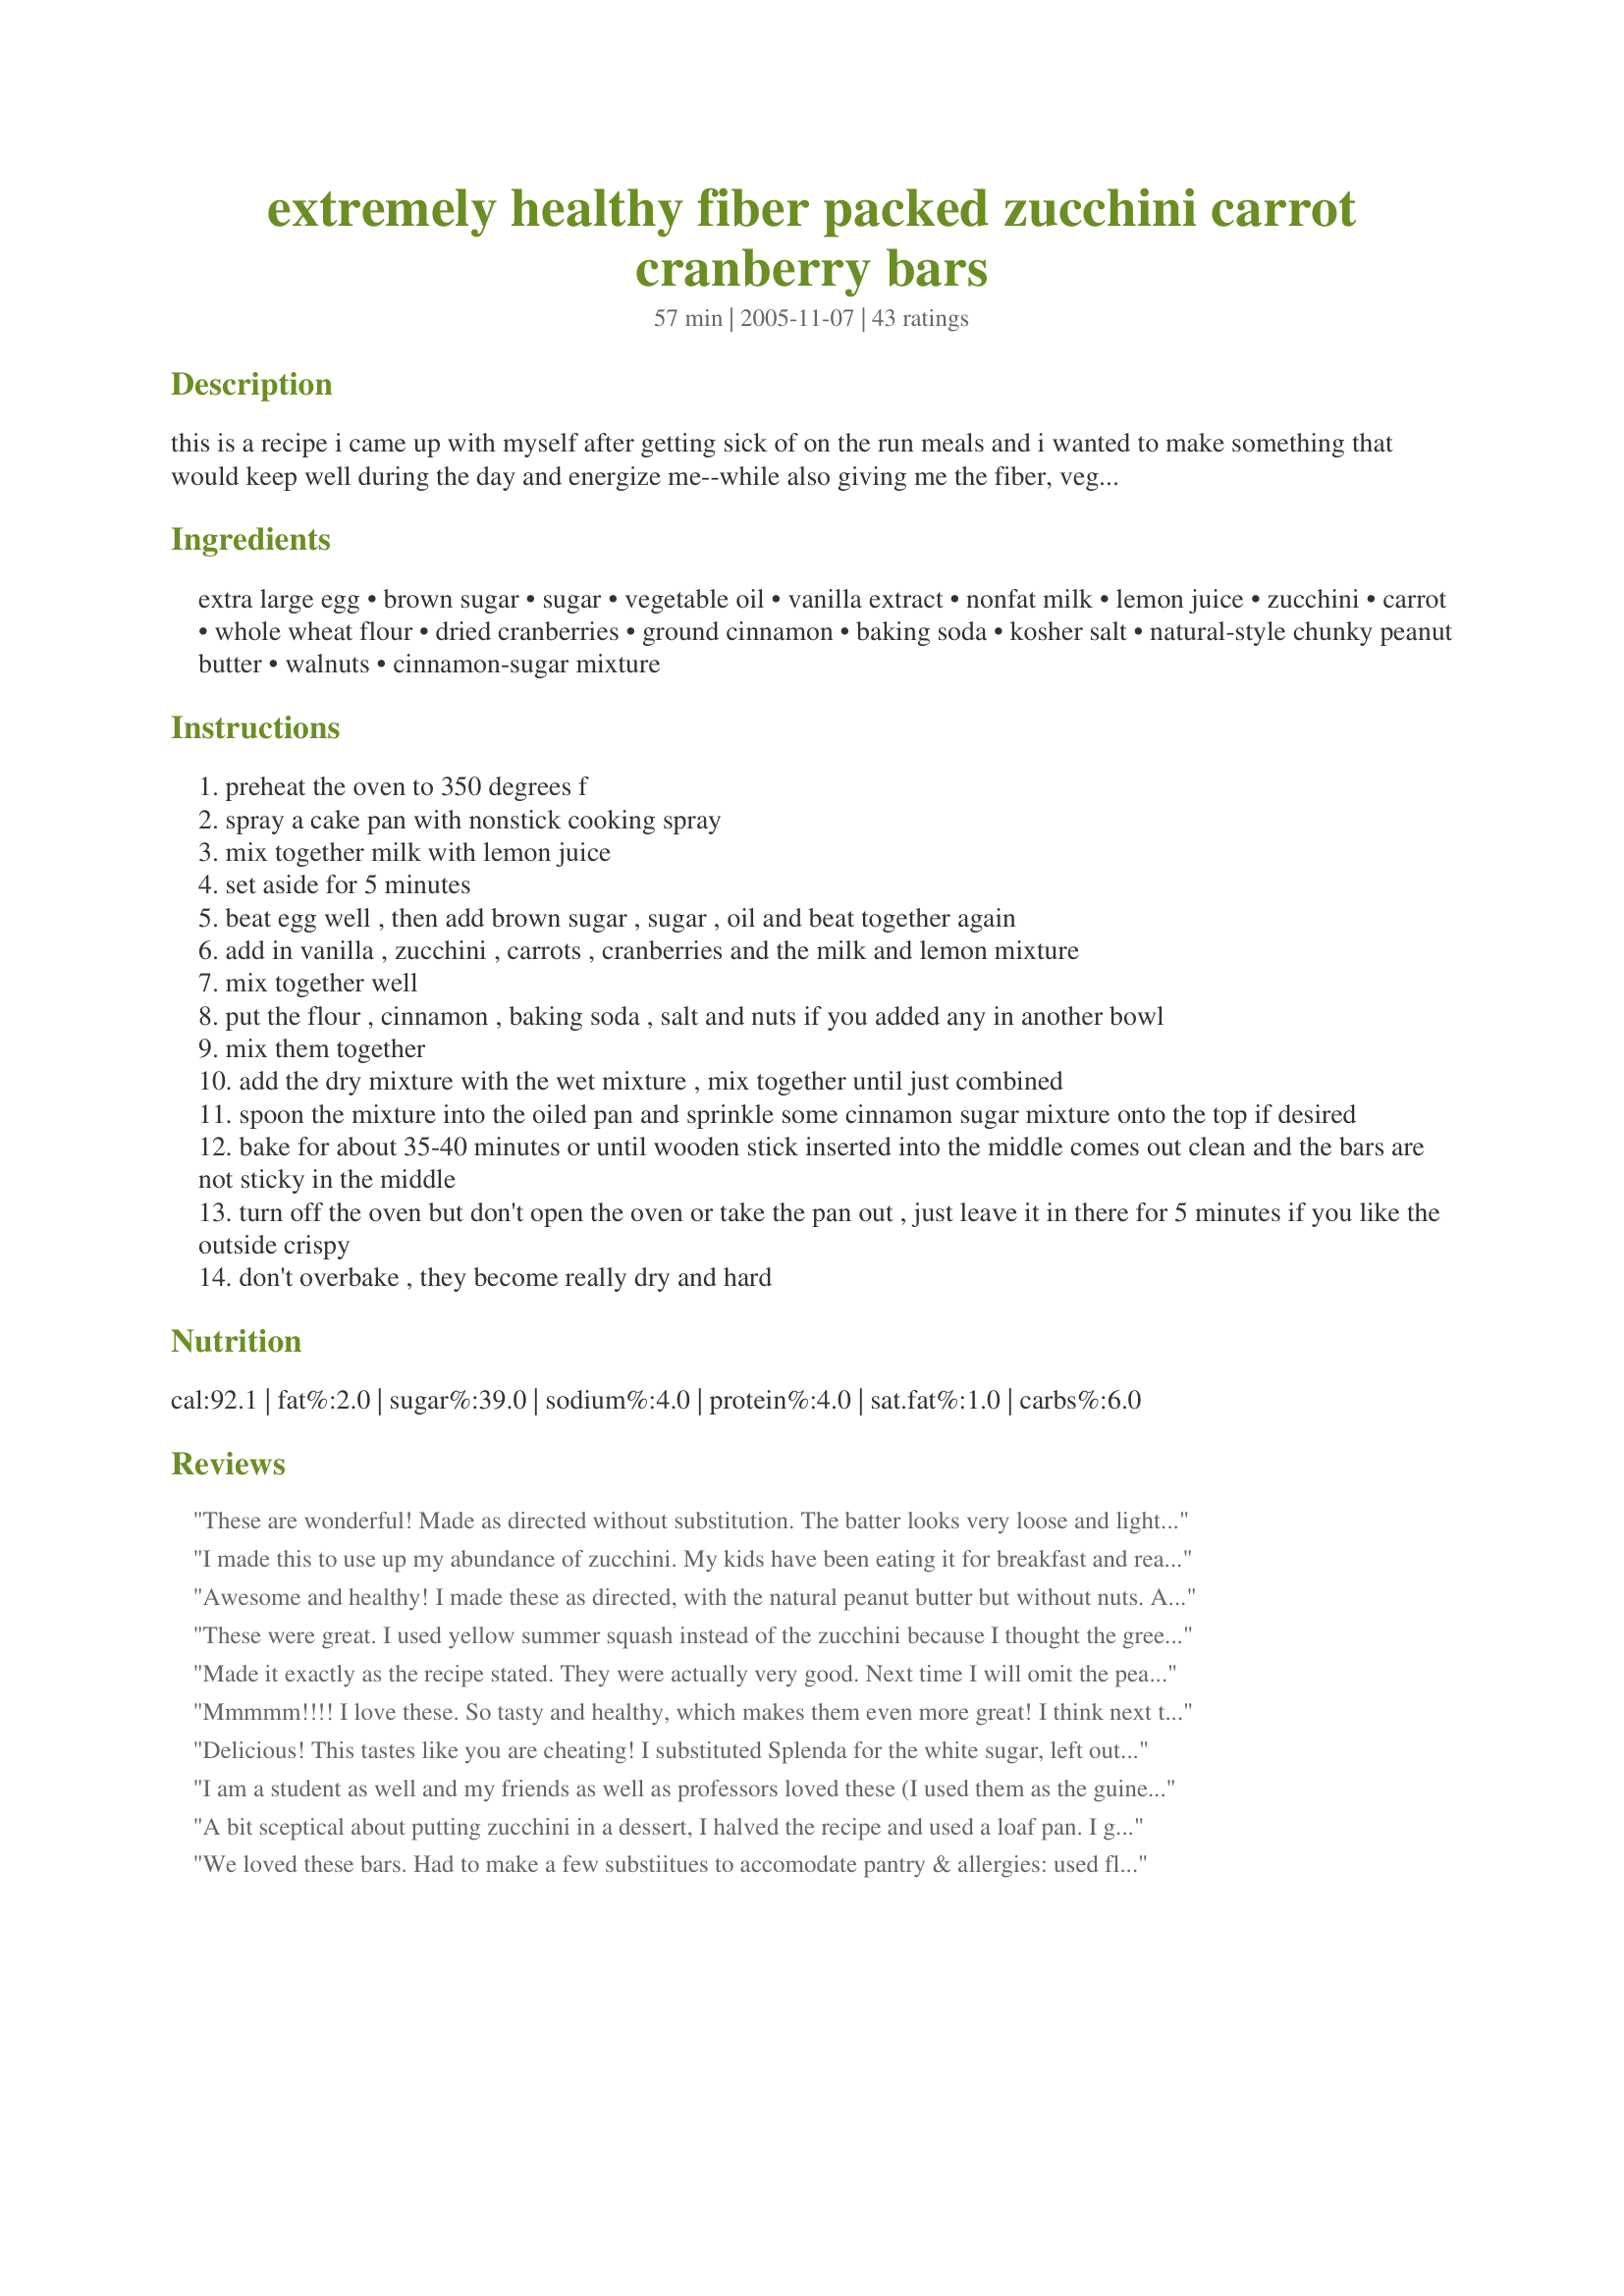
extremely healthy fiber packed zucchini carrot cranberry bars
Preparation time: 57 minutes

this is a recipe i came up with myself after getting sick of on the run meals and i wanted to make something that would keep well during the day and energize me--while also giving me the fiber, veggies, and nutrition i need. a bar for quick snack to tide you over or even a few "bars" for a meal replacement.
obviously i like being healthy, so if you like the bread bar sweeter then use 3/4 cup of both brown and white sugar. this is good served warm with a slice of fat free cream cheese, cottage cheese, or even honey.

Ingredients:
extra large egg, brown sugar, sugar, vegetable oil, vanilla extract, nonfat milk, lemon juice, zucchini, carrot, whole wheat flour, dried cranberries, ground cinnamon, baking soda, kosher salt, natural-style chunky peanut butter, walnuts, cinnamon-sugar mixture

Steps:
preheat the oven to 350 degrees f
spray a cake pan with nonstick cooking spray
mix together milk with lemon juice
set aside for 5 minutes
beat egg well , then add brown sugar , sugar , oil and beat together again
add in vanilla , zucchini , carrots , cranberries and the milk and lemon mixture
mix together well
put the flour , cinnamon , baking soda , salt and nuts if you added any in another bowl
mix them together
add the dry mixture with the wet mixture , mix together until just combined
spoon the mixture into the oiled pan and sprinkle some cinnamon sugar mixture onto the top if desired
bake for about 35-40 minutes or until wooden stick inserted into the middle comes out clean and the bars are not sticky in the middle
turn off the oven but don't open the oven or take the pan out , just leave it in there for 5 minutes if you like the outside crispy
don't overbake , they become really dry and hard

Reviews:
These are wonderful! Made as directed without substitution. The batter looks very loose and light colored, but it works out just well. I turned the oven off at 30 minutes (because toothpick came out clean) and left in the hot oven for 10 minutes. It worked well, but as photo shows, they are more moist than other photos. Next time I'll leave them in a bit longer. (I'm going to try them in mini loaf pans, too!) Thanks, HK. These are just the thing for a healthy snack!
I made this to use up my abundance of zucchini. My kids have been eating it for breakfast and really enjoy it, I think it's just "okay." I made this into a large loaf as my 13x9 was dirty, and I didn't feel like cleaning it... :) Cooked it at the same temp for 55 minutes. Thanks for the recipe!
Awesome and healthy! I made these as directed, with the natural peanut butter but without nuts. Added a little cinnamon sugar on top. Unlike many whole wheat baked goods, these are quite light and moist. Cakelike bars that are sweet and need no embellishment. Great job, hellokitty, these are fabulous! Thanks for sharing your recipe!
These were great. I used yellow summer squash instead of the zucchini because I thought the green flecks might show and my 2 1/2 year old refuses to eat anything green. I snuck these right by here and she loves them. I thought they were more like a snack cake rather than a bar. Still yummy and very moist. You don't miss the fat at all. I will make these again.
Made it exactly as the recipe stated. They were actually very good. Next time I will omit the peanut butter because I could really taste it and I didn't think the flavor of the peanut butter went that well with the other ingredients.
Mmmmm!!!! I love these. So tasty and healthy, which makes them even more great! I think next time I may puree the veggies to "hide" them so my girls will eat it. I know they'd love it if they would try it, but they can see the veggies. I didn't have natural-style peanut butter, so I used regular chunky pb, probably a bit more than the recipe called for. And I added a half cup of almond slivers. I forgot to add the cinnamon-sugar mixture on the top. Everything I followed exactly. Turned out excellent!!! I'll be making these again for sure.
Delicious! This tastes like you are cheating! I substituted Splenda for the white sugar, left out the peanut butter and the cinnamon sugar mixture and used chopped pecans for the nuts. I lined the pan with Reynolds' Release Foil and it came out perfect. Will make these again and again!!
I am a student as well and my friends as well as professors loved these (I used them as the guinea pigs)! I actually used equal instead of the white sugar and granulated brown sugar and loosely packed them and did not use peanut butter but did use almonds. Also, I used pumpkin pie spice instead of cinnamon and it was great! Full of energy, tastes great and is healthy for you! Great job!
A bit sceptical about putting zucchini in a dessert, I halved the recipe and used a loaf pan. I got a dense, moist, pudding-like loaf - couldn't taste the zucchini at all! I left out the peanut butter and nuts - it tasted rich enough without them. I will definitely make this again!
We loved these bars. Had to make a few substiitues to accomodate pantry & allergies: used flax instead of egg, choc chips for craisins, all brown sugar, sunbutter for peanut butter, no nuts.
Made a great breakfast
Wicked Great! Moist. I did not use the peanut butter, but did throw in some organic coconut & a handful of Goji berries. Big hit at the party. Its a keeper for a lifetime. Thanks for sharing~
These were such a hit--I can't tell you how great these are! I used an egg substitute, Splenda blends(white and brown), buttermilk and white wheat flour. My Dh loved them, he even took half the pan of these bars into work to share with some of his friends. I have to make several copies of the recipe today for him to take into people who tried them. Thanks so much for posting this. I assume that any type of dried fruit could be used and I intend to try lots of them!
These are excellent - I've been alternating this recipe with my own version. They're super easy to make and freeze very well. A huge hit!!
Very good recipe. My husband asked for seconds. Doesn't taste healthy at all. I used the PB with no extra nuts and it was delicious. I watched them very carefully to not overcook and they stayed nice and moist. I find it is more cakey than a bar. Very filling. I will definately make these again. I froze half in individual servings to grab and go.
This is WONDERFUL! I wasn't sure where the peanut butter was supposed to go so I left it out but did put in sliced almonds. I also added a handful of flax seeds to bump up the health factor even more. This get the "seriously yum" rating from me. Thanks so much hellokitty....
Not what I expected, more of a snack cake for sure. Tastes good, fairly 'wet', very healthy though.
Delicious! Feels like you are having a decadent dessert, but much healthier. I used coconut oil in place of the oil listed. Even my husband that isn&#039;t into healthy food loved this recipe.
Were really really good! I left out the peanut butter and used walnuts. The family all loved this. Thank you for giving a healthy option to cake :)
These were fantastic! I feel like I want to eat them every day. They were a perfect post-exercise snack. I used almonds for the nuts and smooth peanut butter. I did not use any topping. I will definitely be making these again.
These are HEAVENLY! I made them to take to my book club meeting tomorrow...but they may not last that long! The texture of these bars is perfect! And they are packed with delicious veggies, fruit and nuts. Thanks so much for sharing! I will make these again and again!
Nice tasting receipe. I did not read the reviews until after I made it and therefore was a little disappointed when the recipe came out like a cake verses a bar. I was really looking for a bar. I think the title is miss leading and should be changed to indicate it is a cake not a bar. Thanks for sharing.
These are sooooo wonderful....I used Splenda for the white sugar and omitted the nuts (personal preference), and used extra light olive oil and these were so good!!!! Definitley a keeper!!!!!!!
Mmmm... these are so moist and yummy! I made a few subs (3/4 cup Splenda + 1/4 cup turbinado sugar, 1 1/2 cups whole wheat flour + 1/2 cup oatbran, 1/2 cup dried cranberries + 1/4 cup butterscotch chips, only 1/2 tsp cinnamon) and they were still scrumptious. I didn't add the nuts or top with the sugar/cinnamon (personal preference). Thanks for a tasty, healthy recipe. Oh yeah, I also cut them into 16 bars and I still had trouble stopping at one :)
I won't repeat what previous reveiwers wrote (cake not bars,OK taste, ommited PB etc) I just want to add an important note- these must be kept in the fridge as they have the milk in them ,I had to throw the whole lot out today even th'o were baked fresh just 3 days ago and kept in an airtight box ( I live in a warm climate) beware :) otherwise, thanks for posting
Fabulous! The only changes I made were out of necessity. I actually stumbled upon this recipe while trying to find something to do with some butternut squash I had baked. So rather than use zucchini, I used cooked squash. I halved the recipe so it could fit into my little toaster oven and used one egg white rather than a whole egg. I reduced the sugars by half and used 1/4c walnuts. I added a pinch of nutmeg and ginger. Delicious! Absolutely great!
I didn't add any peanut butter or nuts and even replaced the oil with applesauce to make a tasty but light snack.
Just had to try this for my girls because I am looking for good after school snacks before sports practice and I can not believe how GOOD these are. They are very moist and more like a cake to me than a bar. They would be incredible with a little piped cream cheese frosting at the holidays. Anyway, they were super easy to make even with the number of ingredients. I followed as is but did use about only 1 1/2 teaspoons of reduced fat peanut butter. I did use the cinnamon sugar on the top as well. I still can not believe something with vegetables in it turned out so sweet amd moist. My girls will fall in love with them as well. Thank you so much for sharing this!
This was moist and too good. I baked it in the afternoon and had a little piece before supper and hubby had a huge piece and if I dint hide the pan I would have never gotten another piece. I added some walnuts to the batter and used splenda for the white sugar and the rest was exactly as you posted . Is this freezable? I will have to make another pan tomorrow. thank you for posting this.

It is the second time making this and I added a handful of tiny chocolate chips I also used with floor sooooo good
Extremely moist. Used 2C fresh cranberries, which were wonderful. Left out peanut butter on recommendations of others. Forgot the cinnamon sugar on top, which will definitely do next time.
 The zuchinni, carrot and flour mixture makes a wonderful base into which almost anything can be put.
Simply fabulous. I have made this bar at least 5 times in the last 3 months. A great go to snack and extremely filling. I do substitute Splenda for the white sugar. Thank you for a great recipe.
Wow! Delicious! This is like something I would come up with (and then I would retire from life, feeling I had accomplished enough ;) My family and I are living in Prague for a few months and my quest for the ingredients spanned our first month here. I finally finished the list, finding a grater (although I gave up on the cinnamon and vanilla extract). I used Spelt flour, omitted the PB and added a T flaxseeds and about half-2/3 cup walnut pieces. I also used 2 small eggs instead of one large. I did an erratic baking job, using a too high convection setting at first and then baking it too much on top and not enough on bottom. Nevertheless, I was able to tweak it. And I do think you have to watch these closely and adjust the cooking time a LOT based on what ingredients you use and how moist you want the bars. We took these with us for breakfast and ate them in the most beautiful part of Prague we've seen yet, with views of the river and beautiful architecture in a less-traveled part of town. They were devoured by my two-year old boy and husband. It's hard to believe how good you feel after eating something so delicious. There is no sugar high and you are left feeling satisfied and balanced. Thanks a million, hellokitty!
These were very good, and weight watcher friendly! It made a HUGE pan, so I froze more than half. Now, I just pull one out in the morning and defrost it in the microwave for a tasty, warm breakfast! SO good with just a bit of cream cheese, too!
Wow--this is tasty. I think I will call it cake not bars though. I used buttermilk instead of milk and lemon juice, an egg substitute and I added 1/2 cup chopped macadamia nuts. Very fluffy and moist. Thanks!
These are wonderful!!! So glad you shared the recipe!
I really liked this receipe. I made a few substitutions: 1) used 1 1/2 cups whole wheat flour and 3/4 cup vanilla protein powder, 2) used 1/2 cup raisins instead of 1 cup craisins, 3) used 3/4 cup maple syrup in place of brown & white sugar. They turned out very tasty!
These taste AMAZING! ! I made them with almonds, and natural chunky peanut butter from Trader Joe's. I only used one tablespoon of peanut butter. I used a food processor to finely chop the carrots because I was too lazy to grate them. I also added a mashed banana and 1/2 cup of oats. I like this recipe because you can pretty much add whatever you want to it and it still tastes great!
I wish I could give this recipe 10 stars!!! The flavour combination is FABULOUS. It has so many dimensions that fit together so well. The only thing I did differently is use peanut oil for the vegetable oil, as I didn't want to add the optional nuts. My bars came out very moist which made them have a very nice mouth feel. I enjoyed them as is, without any icing or toppings. These bars will definitely become a regular. Thanks for the outstanding recipe hellokitty!!!
Tastes good. I am giving it 4 stars because it is more cake-like than bar-like. I might cut down the baking soda next time.
This is really good. I left out the peanut butter and added extra tsp of cinnamon along with some ginger to jazz it up a bit. It's definitely more cake like than what I would call a "bar". I'd make it again. I think some orange zest would be perfect to add.
I made these for the first time tonight. They are wonderful. I used 1/4 c Splenda and 1/4 c Brown sugar splenda and they are plenty sweet. I only baked them 25 minutes,left out the PB and they are perfectly moist. Thanks for sharing!!
I made these today they are very good and an excellent idea for a fast breaky on the run. I thought the sugar at 1/2 cup each was just right for a breaky bar. I love the cranberries in it. I will be making these again and soon! thanks hellokitty
i made this recipe this evening it is wonderful. did not change a thing. would make again but use splenda. thanks.
I kept looking at this recipe thinking, how could a recipe with this much health have this many wonderful reviews? Well, these bars are awesome! I used frozen zuchinni from my garden (which I defrosted and then attempted to get as much water out of as possible), white wheat flour, and salted roasted cashews. I also used regular peanut butter instead of natural since it was all I had. These have a wonderful texture and bite. Great taste, even my picky child loved them. I'll be making these again. Thanks!!
